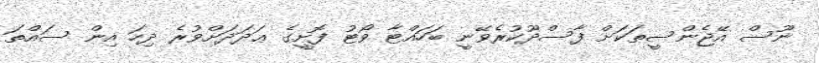
ނޫސް އޭޖެންސީތަކަށް ފާސްދޫކުރެވޭނީ ބަހައްޓާ ވޯޓު ފޮށީގެ ޢަދަދަށްވުރެ ދިހަ އިން ސައްތަ